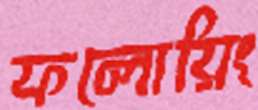
ফলোয়িং